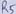
Text: R5